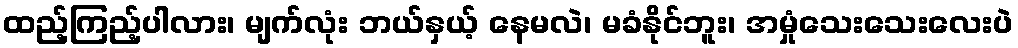
ထည့်ကြည့်ပါလား၊ မျက်လုံး ဘယ်နှယ့် နေမလဲ၊ မခံနိုင်ဘူး၊ အမှုံသေးသေးလေးပဲ